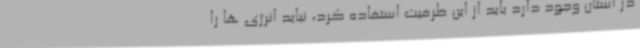
در استان وجود دارد باید از این ظرفیت استفاده کرد، نباید انرژی ها را